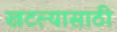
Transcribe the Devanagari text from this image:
खटल्यासाठी